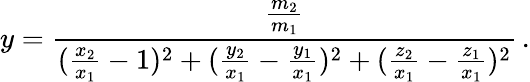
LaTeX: y=\frac{\frac{m_{2}}{m_{1}}}{(\frac{x_{2}}{x_{1}}-1)^{2}+(\frac{y_{2}}{x_{1}}-\frac{y_{1}}{x_{1}})^{2}+(\frac{z_{2}}{x_{1}}-\frac{z_{1}}{x_{1}})^{2}}\, .